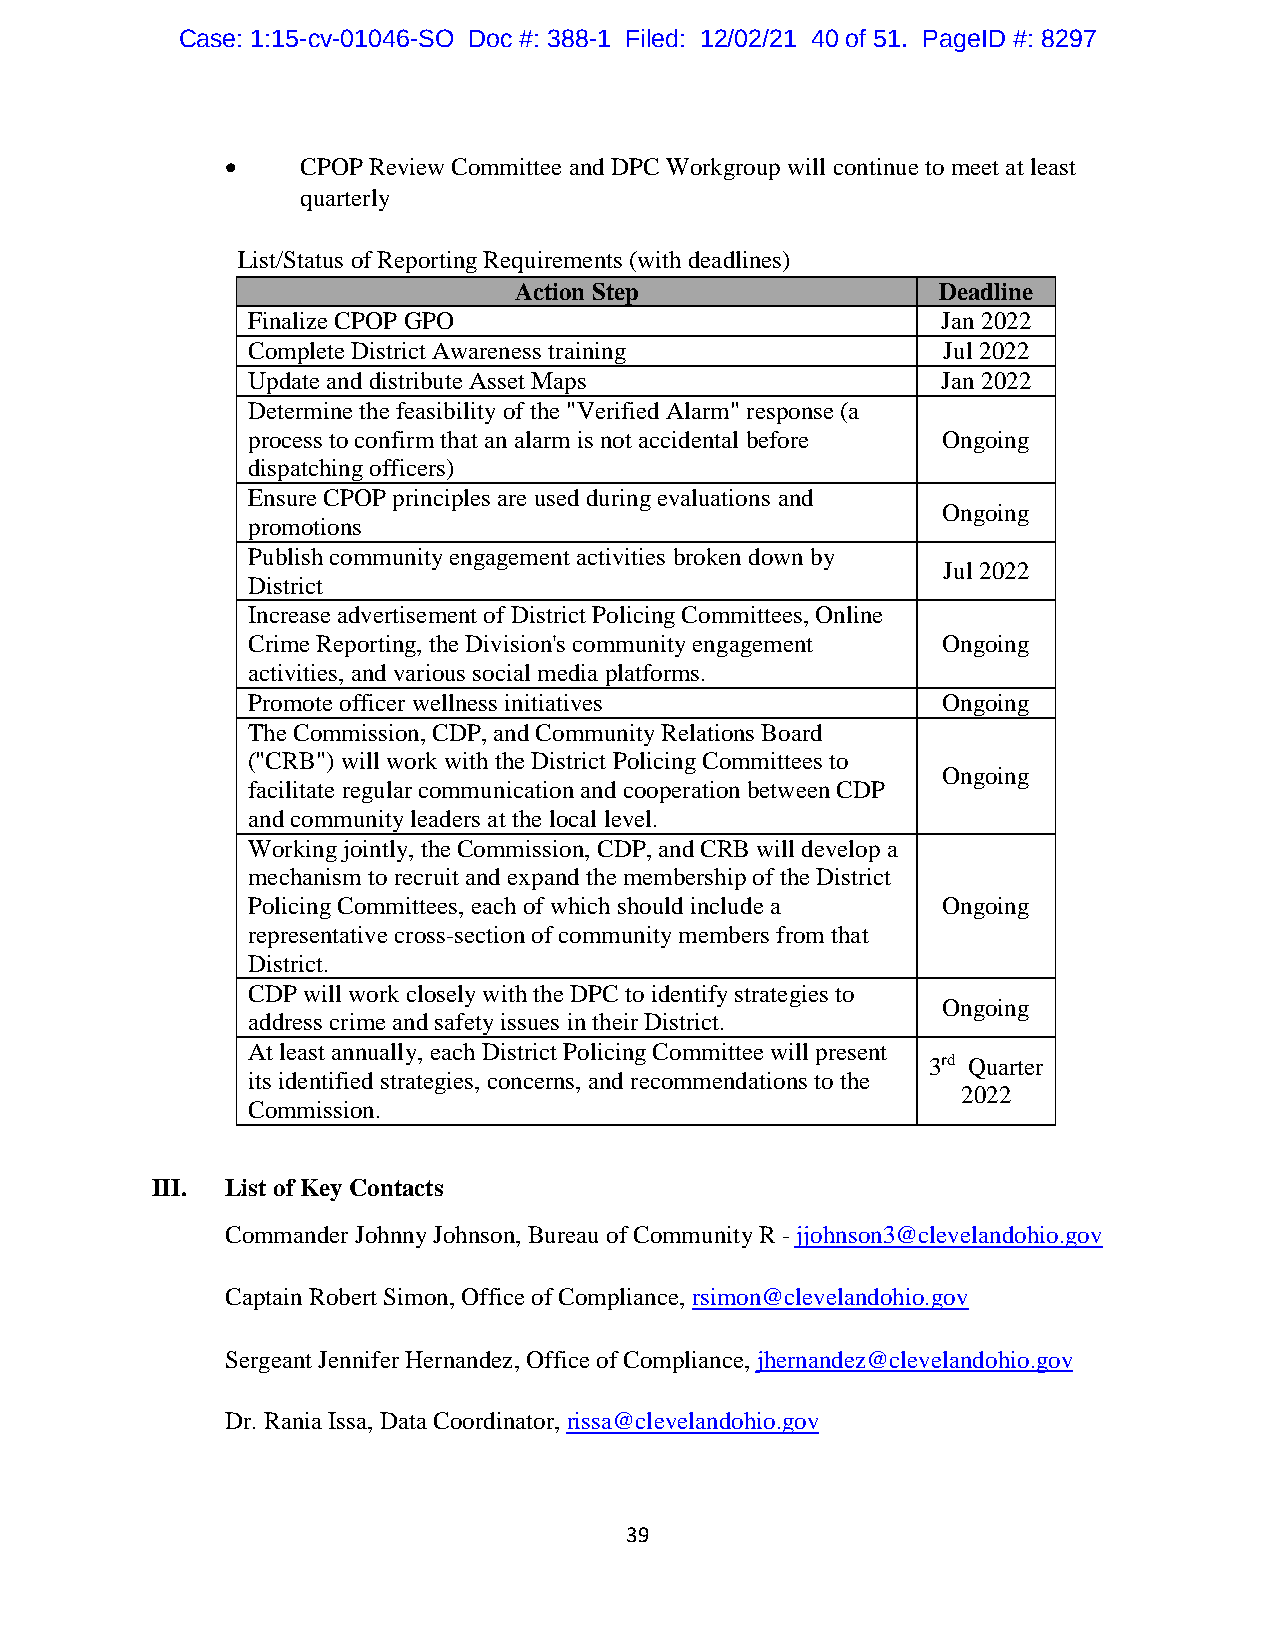
Case: 1:15-cv-01046-SO Doc #: 388-1 Filed: 12/02/21 40 of 51. PageID #: 8297
     CPOP Review Committee and DPC Workgroup will continue to meet at least
 quarterly
 List/Status of Reporting Requirements (with deadlines)
 Action Step                 Deadline
 Finalize CPOP GPO                             Jan 2022
 Complete District Awareness training          Jul 2022
 Update and distribute Asset Maps              Jan 2022
 Determine the feasibility of the "Verified Alarm" response (a
 process to confirm that an alarm is not accidental before Ongoing
 dispatching officers)
 Ensure CPOP principles are used during evaluations and
 Ongoing
 promotions
 Publish community engagement activities broken down by
 Jul 2022
 District
 Increase advertisement of District Policing Committees, Online
 Crime Reporting, the Division's community engagement Ongoing
 activities, and various social media platforms.
 Promote officer wellness initiatives          Ongoing
 The Commission, CDP, and Community Relations Board
 ("CRB") will work with the District Policing Committees to
 Ongoing
 facilitate regular communication and cooperation between CDP
 and community leaders at the local level.
 Working jointly, the Commission, CDP, and CRB will develop a
 mechanism to recruit and expand the membership of the District
 Policing Committees, each of which should include a Ongoing
 representative cross-section of community members from that
 District.
 CDP will work closely with the DPC to identify strategies to
 Ongoing
 address crime and safety issues in their District.
 At least annually, each District Policing Committee will present
 3rd Quarter
 its identified strategies, concerns, and recommendations to the
 2022
 Commission.
 III. List of Key Contacts
 Commander Johnny Johnson, Bureau of Community R - jjohnson3@clevelandohio.gov
 Captain Robert Simon, Office of Compliance, rsimon@clevelandohio.gov
 Sergeant Jennifer Hernandez, Office of Compliance, jhernandez@clevelandohio.gov
 Dr. Rania Issa, Data Coordinator, rissa@clevelandohio.gov
 39